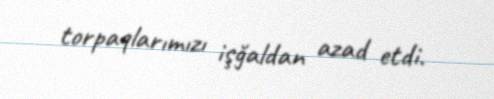
torpaqlarımızı işğaldan azad etdi.